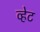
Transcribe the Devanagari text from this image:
व्हेट